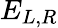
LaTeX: E_{L,R}